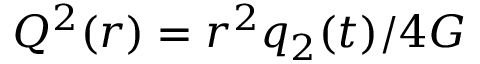
Q ^ { 2 } ( r ) = r ^ { 2 } q _ { 2 } ( t ) / 4 G